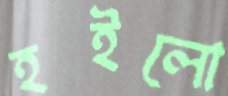
হইলো